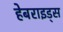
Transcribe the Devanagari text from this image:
हेबराइड्स